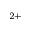
^ { 2 + }